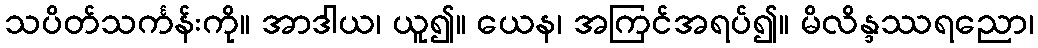
သပိတ်သင်္ကန်းကို။ အာဒါယ၊ ယူ၍။ ယေန၊ အကြင်အရပ်၍။ မိလိန္ဒဿရညော၊